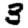
Digit: 3